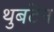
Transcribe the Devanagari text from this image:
थुबटेन